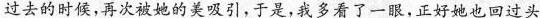
过去的时候，再次被她的美吸引，于是，我多看了一眼，正好她也回过头